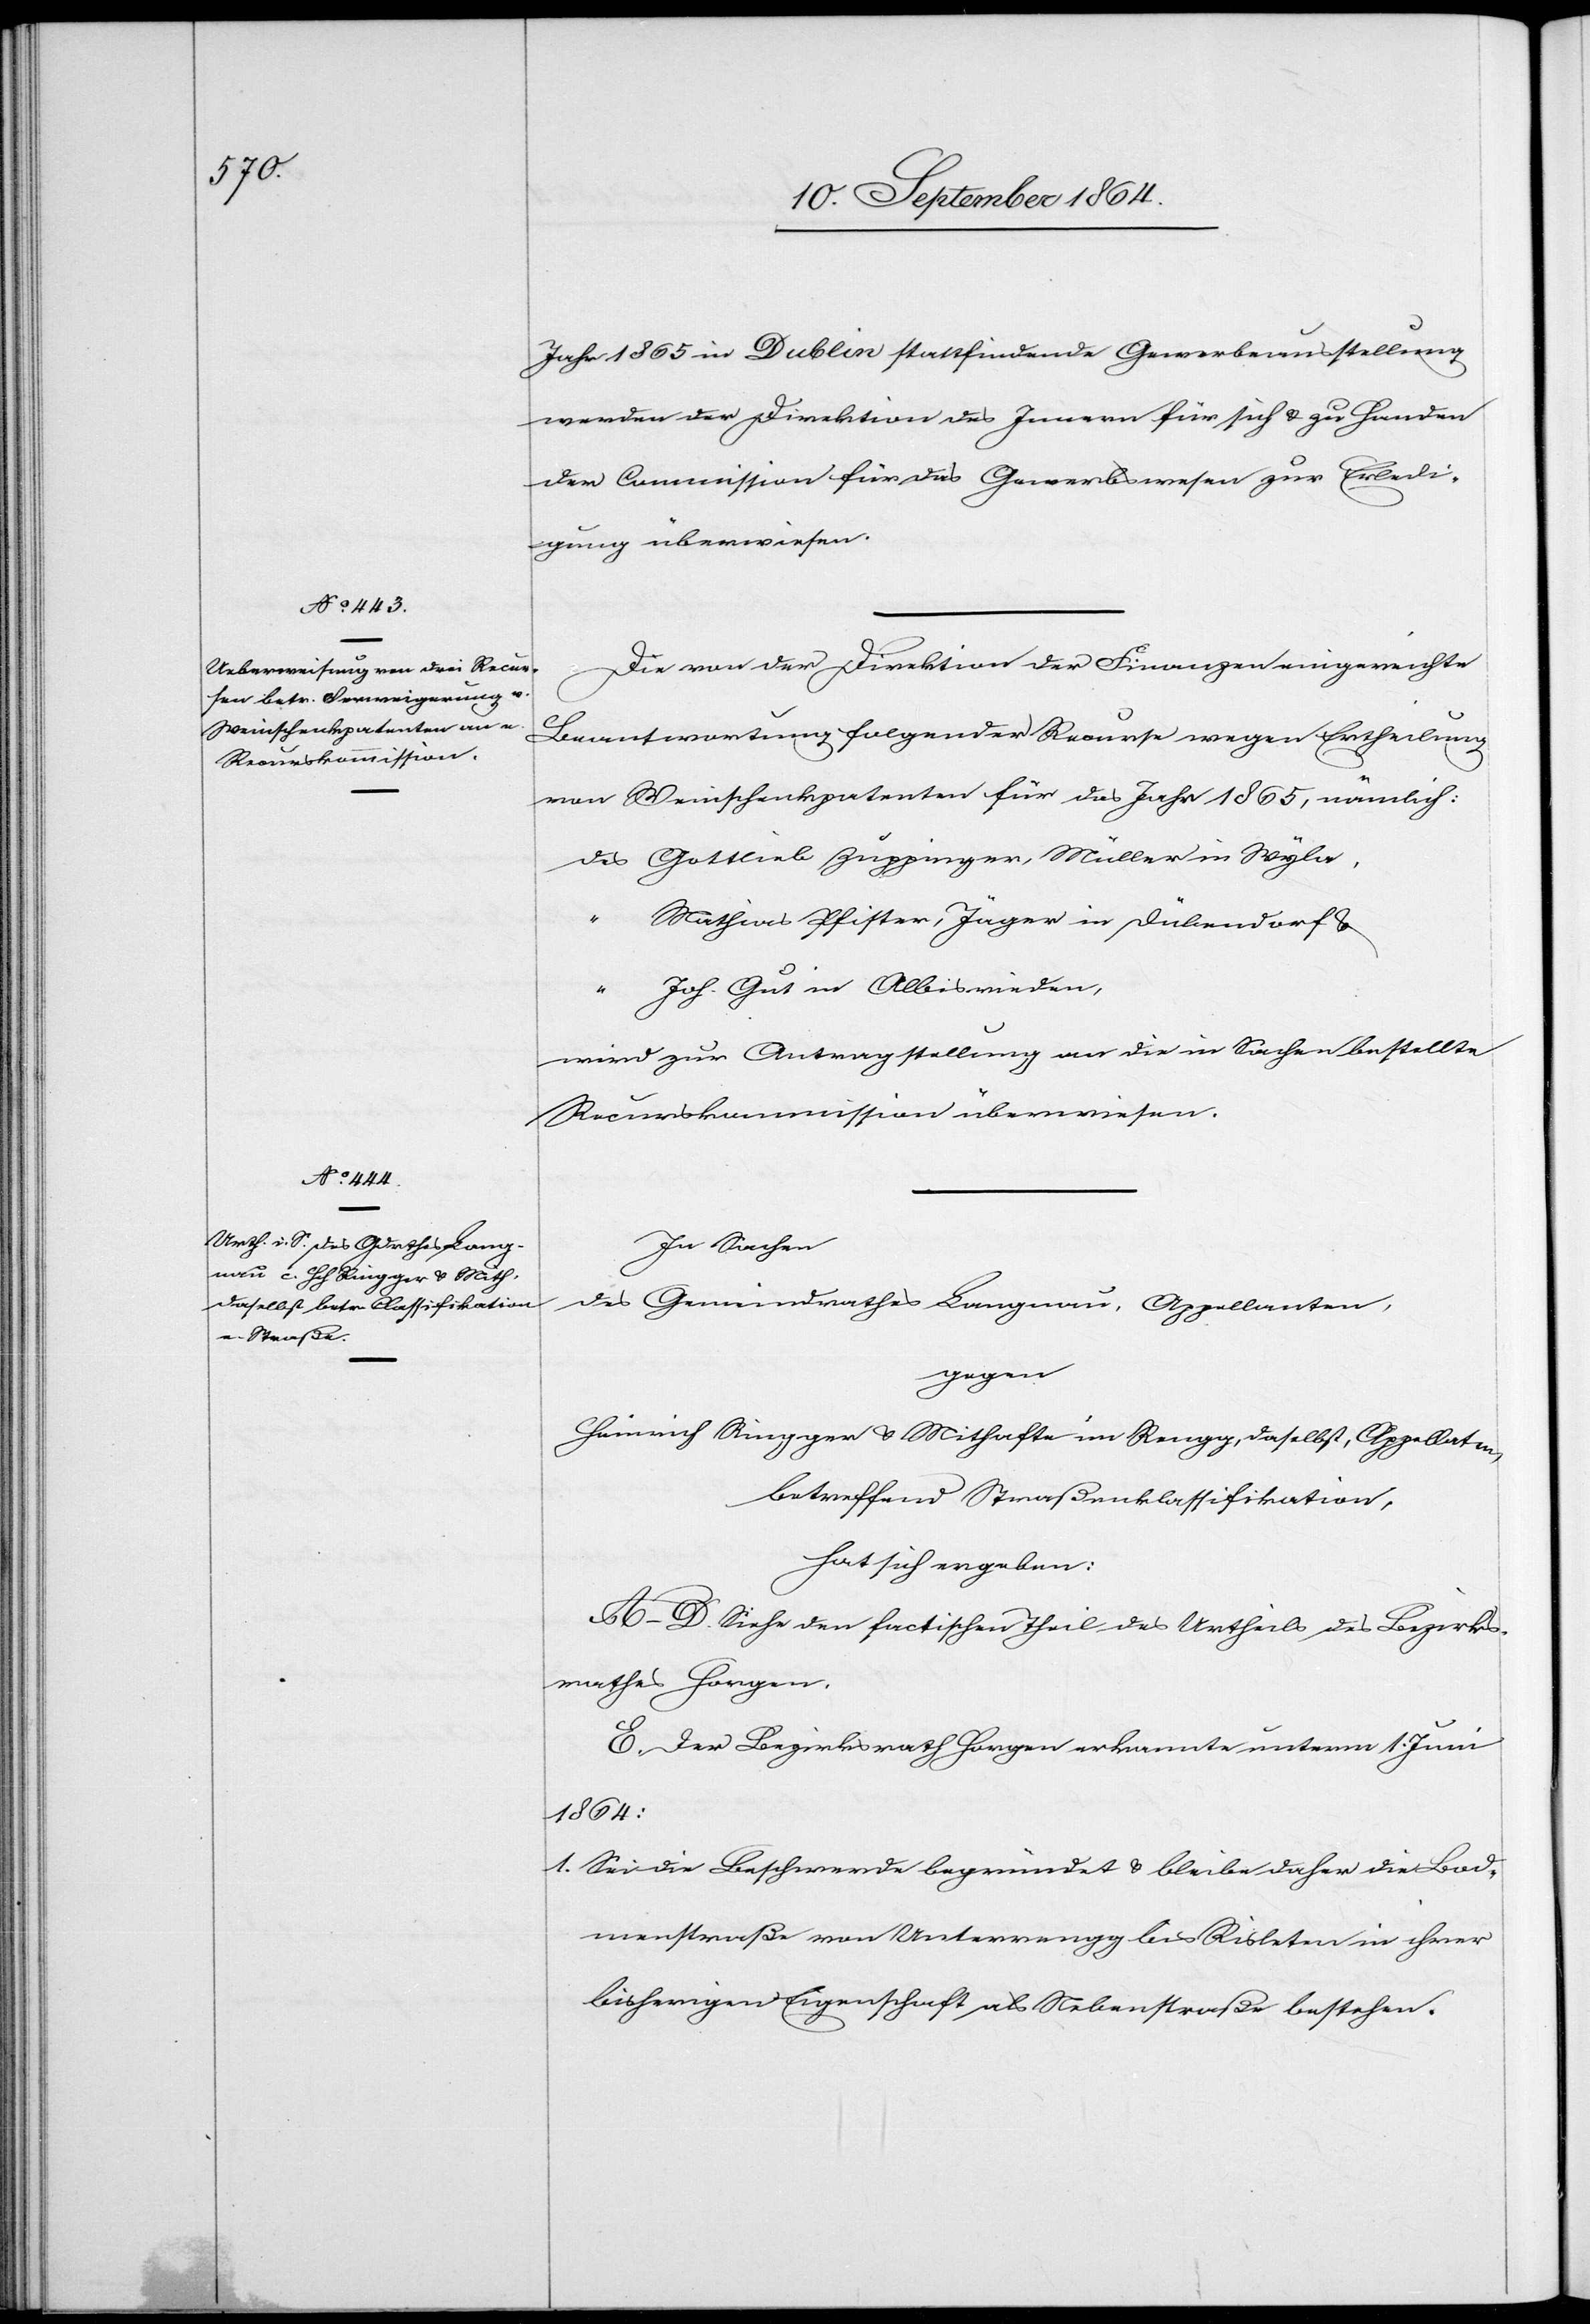
Jahr 1865 in Dublin stattfindende Gewerbeausstellung
werden der Direktion des Innern für sich & zu Handen
der Commission für das Gewerbswesen zur Erledi¬
gung überwiesen.
Die von der Direktion der Finanzen eingereichte
Beantwortung folgender Recurse wegen Ertheilung
von Weinschenkpatenten für das Jahr 1865, nämlich:
des Gottlieb Zuppinger, Müller in Wyla,
Mathias Pfister, Jäger in Dübendorf &
Joh. Gut in Albisrieden,
wird zur Antragstellung an die in Sachen bestellte
Recurskommission überwiesen.
In Sachen
des Gemeindrath Langnau, Appellanten,
gegen
Heinrich Ringger & Mithafte im Rengg, daselbst, Appellaten,
betreffend Straßenklassifikation,
hat sich ergeben:
A.–D. siehe den factischen Theil des Urtheils des Bezirks¬
rathes Horgen.
E. Der Bezirksrath Horgen erkannte unterm 1. Juni
1864:
1. 	Sei die Beschwerde begründet & bleibe daher die Bod¬
menstrasse von Unterrengg bis Risleten in ihrer
bisherigen Eigenschaft als Nebenstraße bestehen.